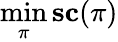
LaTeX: \operatorname*{min}_{\pi}\textbf{sc}(\pi)